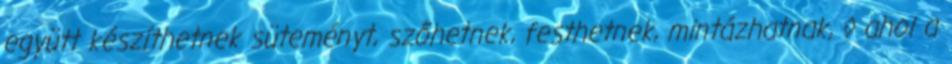
együtt készíthetnek süteményt, szőhetnek, festhetnek, mintázhatnak, ◊ ahol a